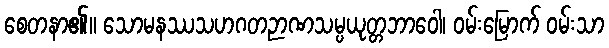
စေတနာ၏။ သောမနဿသဟဂတဉာဏသမ္ပယုတ္တဘာဝေါ၊ ဝမ်းမြောက် ဝမ်းသာ